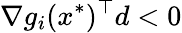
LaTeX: \nabla g_{i}(x^{*})^{\top}d<0